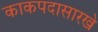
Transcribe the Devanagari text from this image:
काकपदासारखे